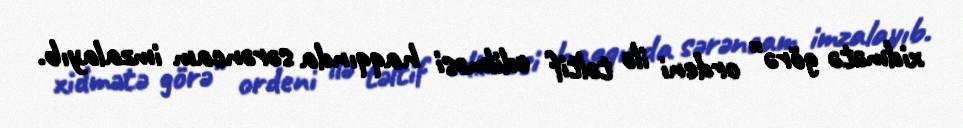
xidmətə görə” ordeni ilə təltif edilməsi haqqında sərəncam imzalayıb.